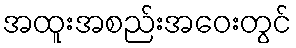
အထူးအစည်းအဝေးတွင်